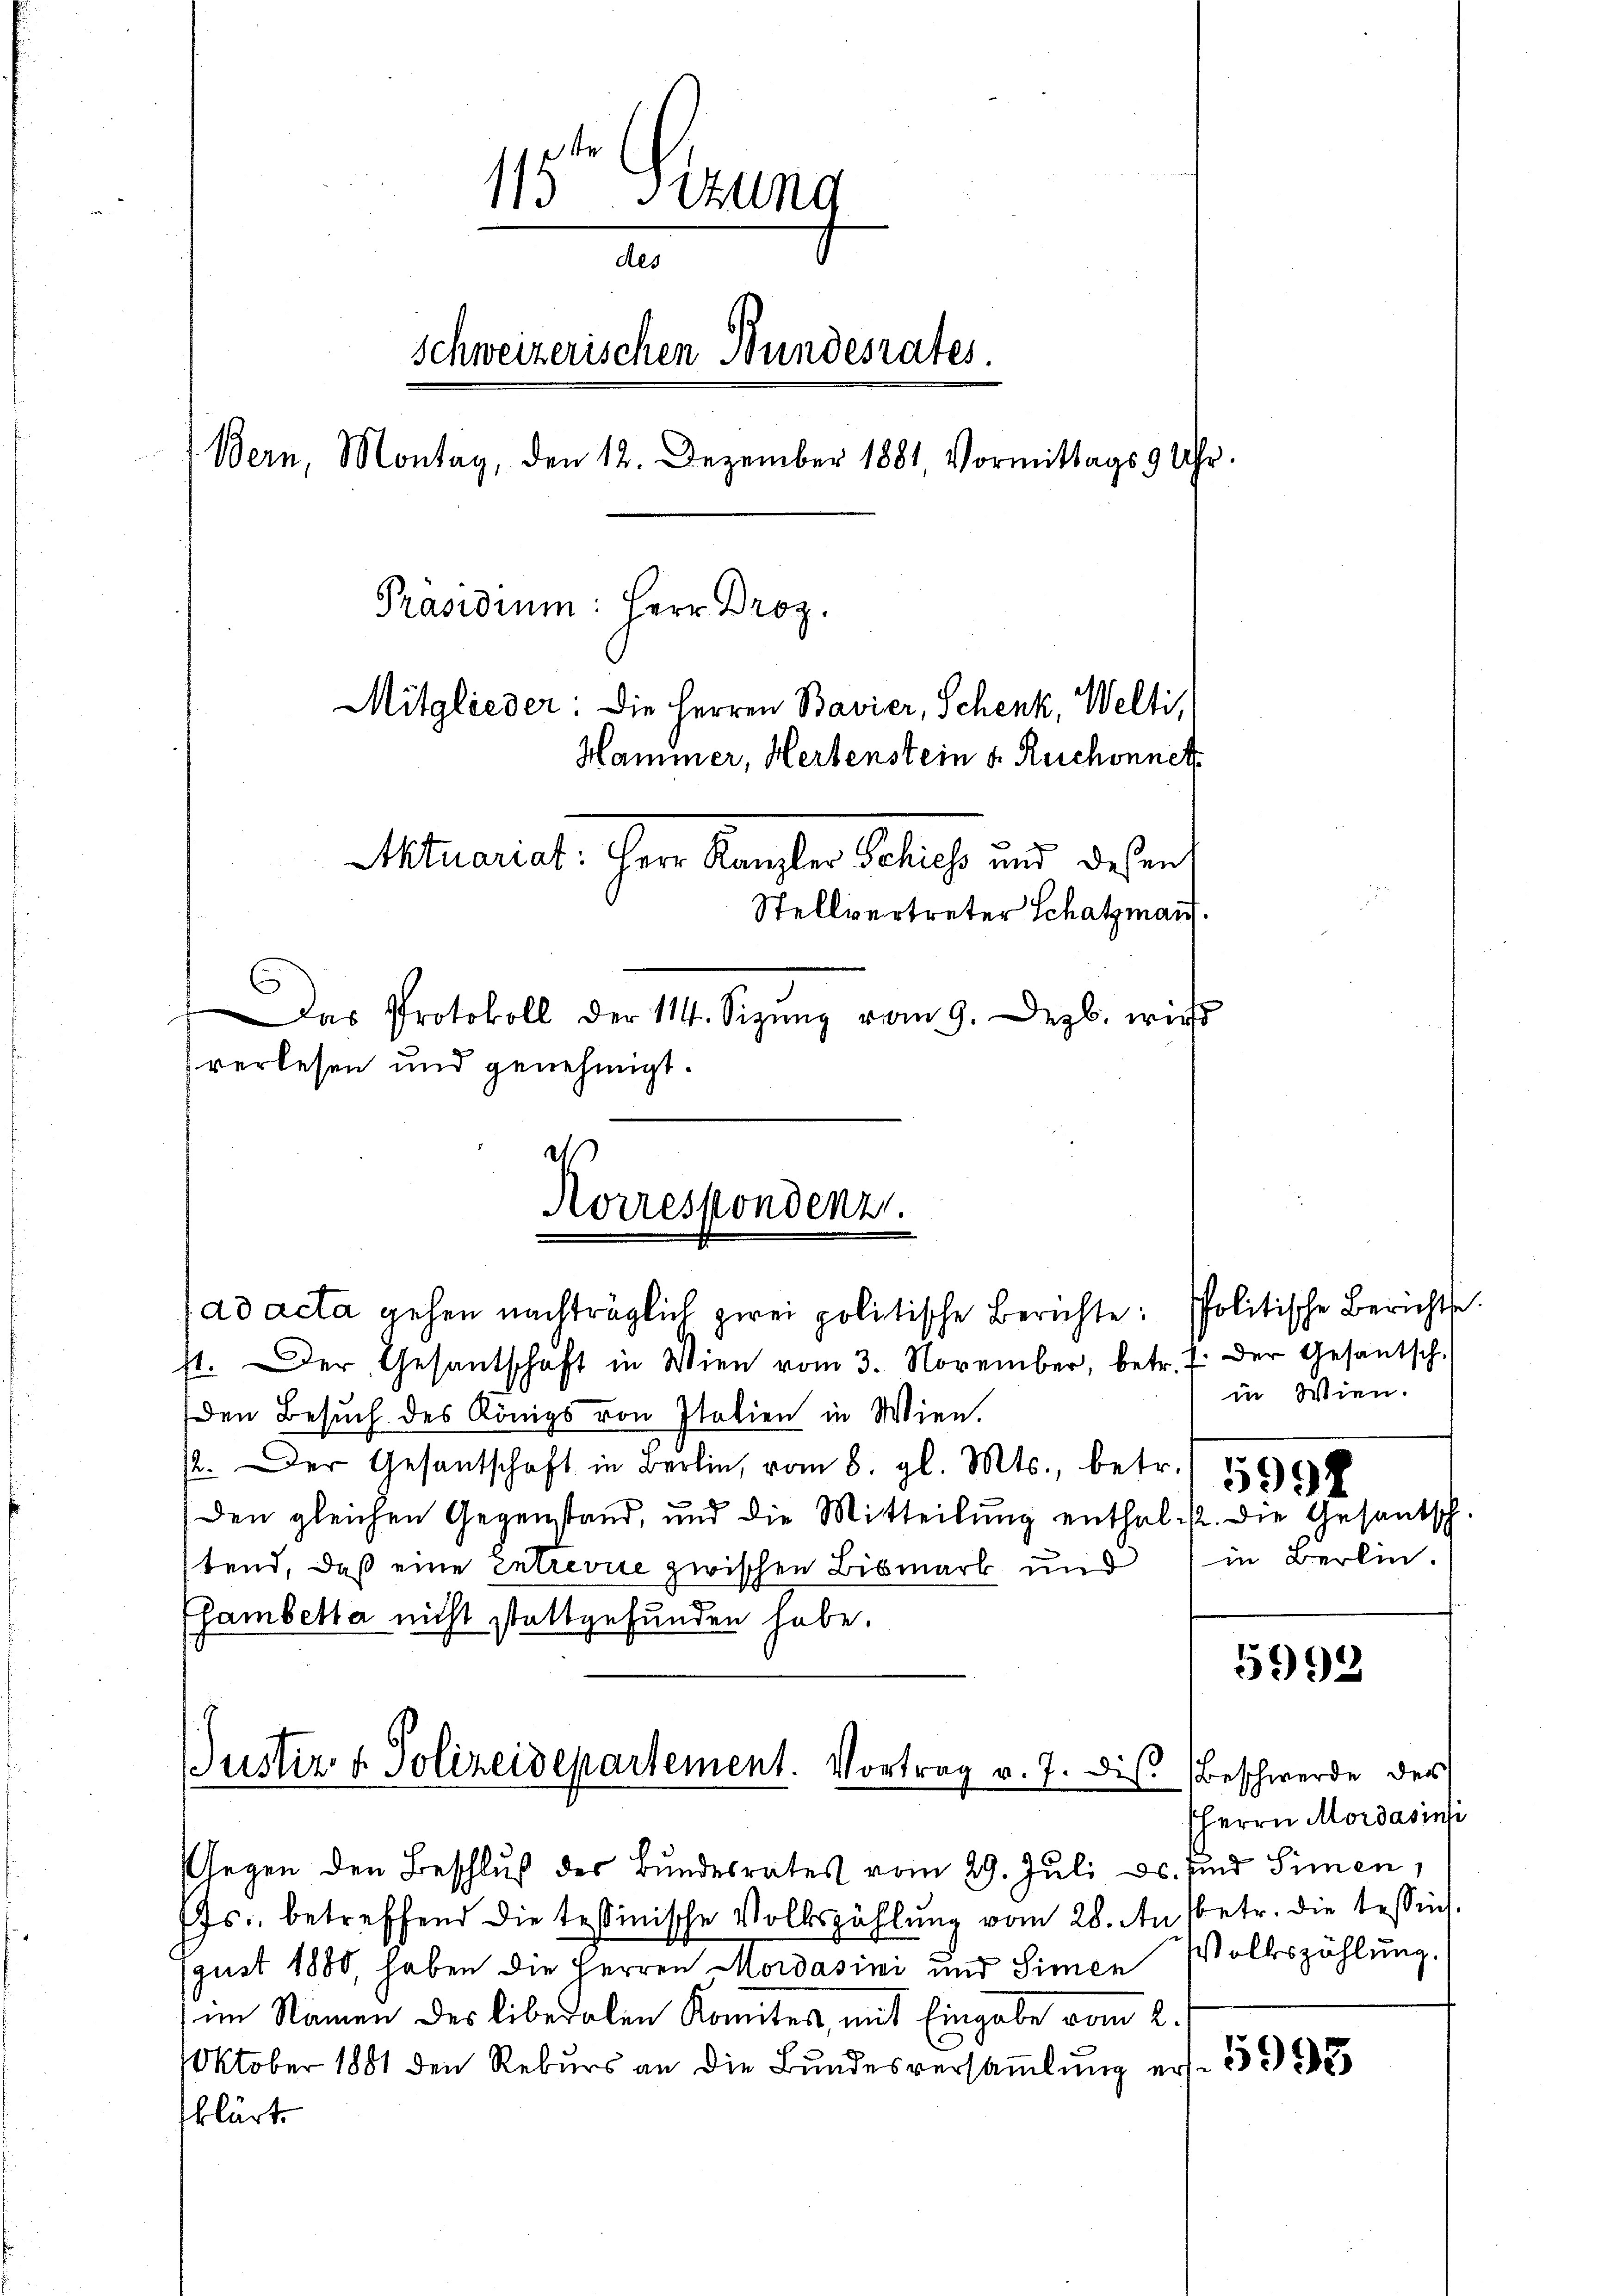
115. Gesung
des
schweizerischen Bundesrates.
.Bern, Montag, den 12. Dezember 1881, Vormittags 9 Uhr.
Präsidium: Herr Droz.
Mitglieder: Die Herren Bavier, Schenk, Welti,
Haminer, Herbenstein u. Ruchonnet
Aktuariat. Herr Kanzler Schuss und deßen
Stellvertreter Schatzmann.
Das Protokoll der 114. Sizung vom 9. Dezb. wir
verlesen und genehmigt.

Korrespondenz.

ad acta gehen nachträglich zwei politische Berichte: Politische Berichte.
st. Der Gesantschaft in Wien vom 3. November, betr. f. der Gesantsch-
den Besuch des Königs von Italien in Wien.
2. Der Gesandschaft in Berlin, vom 8. gl. Mts., betr.
den gleichen Gegenstand, und die Mitteilŭng enthal u. die Gesantsch.
tend, daß eine entrevue zwischen Bismark und
Esambetta nicht stattgefunden habe.
Justiz & Polizeidepartement. Vortrag v. 7. die Beschwerde der

in Wien.
5998
in Berlin.

Gegen den Beschluß des Bundesrates vom 29. Juli c. sind Simen,
Js., betreffend die tessinische Volkszählŭng vom 28. An (betr. die tessent.
gust 1880, haben die Herren Mordasini und Simen Volkszählung.
im Namen des liberalen Komites, mit Eingabe vom 2.
Oktober 1881 den Rekurs an die Bundesversaṁlŭng erst 332
klärte

5993

Herrn Mordasinsi